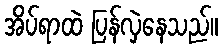
အိပ်ရာထဲ ပြန်လှဲနေသည်။